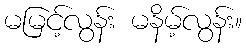
မမြင့်လွန်း မနိမ့်လွန်း။